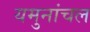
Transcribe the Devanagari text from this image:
यमुनांचल